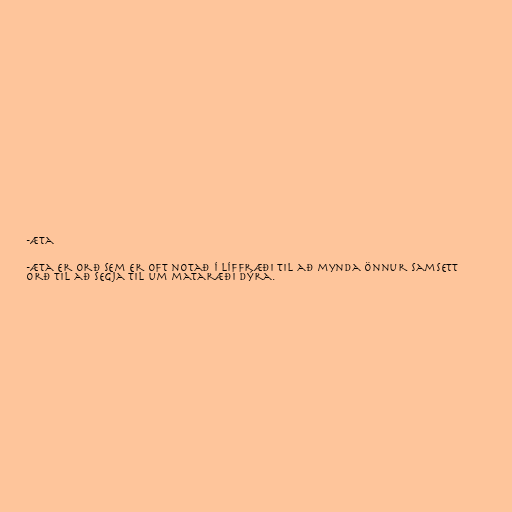
-æta

-æta er orð sem er oft notað í líffræði til að mynda önnur samsett
orð til að segja til um mataræði dýra.